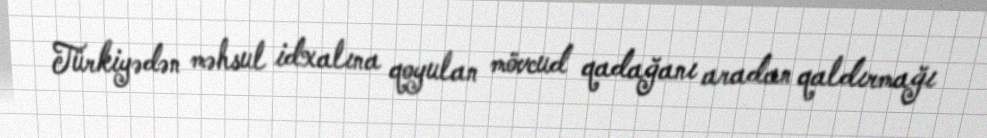
Türkiyədən məhsul idxalına qoyulan mövcud qadağanı aradan qaldırmağı